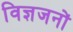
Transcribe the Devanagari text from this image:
विज्ञजनों